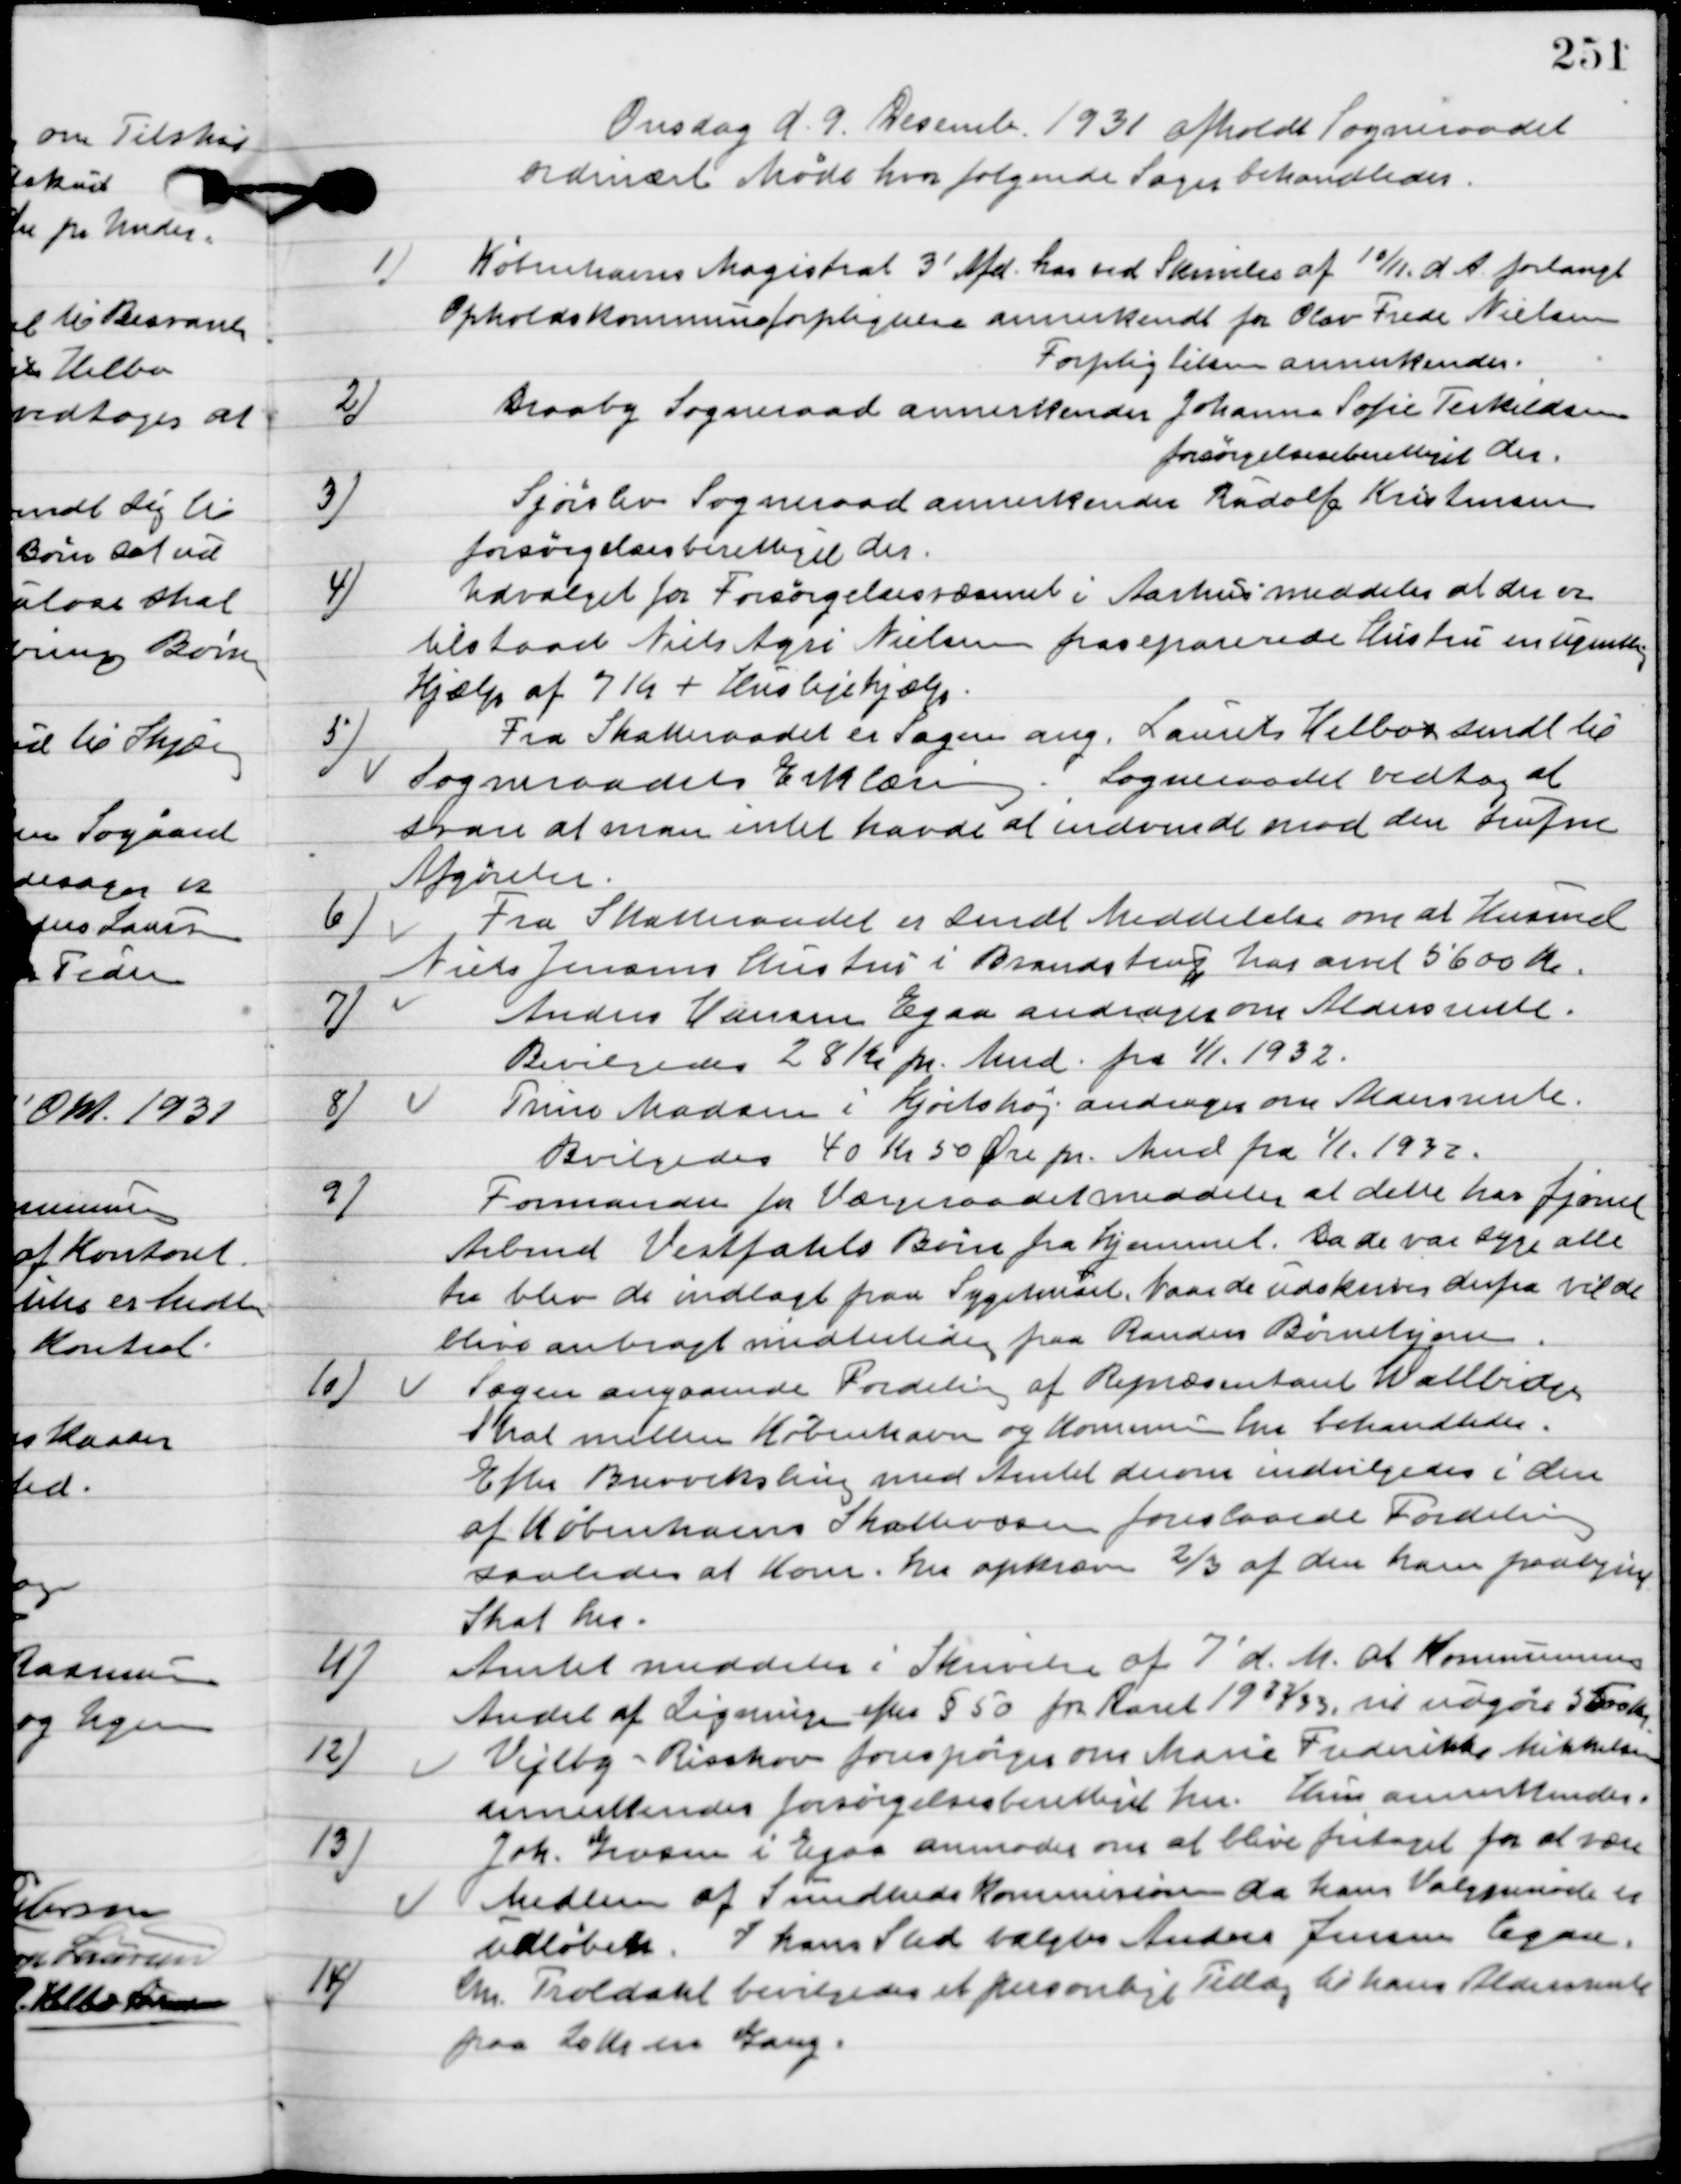
Transskription:
Onsdag d. 9. Desemb. 1931 afholdt Sogneraadet
ordinært Møde hvor følgende Sager behandledes.

1

Københavns Magistrat 3´ afd. har ved Skrivelse af 10/11 d. A. forlangt
Opholds Kommuneforpligtigelse annerkendt for Olov Frede Nielsen.
Forpligtigelse annerkendes.

2.

Draaby Sogneraad annerkender Johanna Sofie Nielsen
Forsørgerberettiget der.

3

Sjørslev Sogneraad annerkender Rudolf Kristensen
forsørgelsesberettiget der.

4

Udvalget for Forsørgelsesvæsenet i Aarhus meddeler at der er
tilstaaet Niels Agri Nielsen fraseparerede Hustru en ugentlig
hjælp af 7 Kr. + Huslejehjælp.

5

Fra Skatteraadet er Sagen ang. Laurits Helbos sendt til
Sogneraadets Erklæring.
Sogneraadet vedtog at
svare at man intet have at indvende imod den trufne
Afgørelse.

6

Fra Skatteraadet er sendt Meddelelse om at Husmand
Niels Jensens Hustru i Brandstrup har arvet 5600 Kr.

7

Anders Hansen Egaa andrager om Aldersrente.
Bevilgedes 28 Kr. pr. Mnd. fra 1/1 1932.

8.

Trine Madsen i Hjortshøj andrager om aldersrente.
Bevilgedes 40 Kr. 50 Øre pr. Mnd. fra 1/1 1932.

9.

Formanden for Værgeraadet meddeler at dette har fjærnet
 Arbmd. Vestfahls Børn fra Hjemmet. Da de var syge alle
tre blev de indlagt paa Sygehuset. Naar de bliver udskrevet derfra vil de
blive anbragt midlertidig paa Randers Børnehjem.

10

Sagen angaaende Fordeling af Repræsentant Wallbran
skat mellem København og Kommunens her behandledes.
Efter Brevveksling med Amtet derover indvilgedes i den 
af Københavns Skattevæsen foreslaaede Fordeling 
saaledes at Kom. her opkræver 2/3 af den ham paalydende 
Skat her.

11

Amtet meddelere i Skrivelse af 7´ d. M. at Kommunens
Andel af Ligningen efter § 50 for Aaret 1932/33 vil udgøre 5500 kr.

12

Vejlby-Risskov forespørger om Marie Frederikke Mikkelsen
annerkendes forsørgelsesberettiget her.
Hun annerkendes.

13

Joh. Gravsen i Egaa anmoder om at blive fritaget for at være
Medlem af Sundheds Kommissionen da hans Valgmøde er
udløbet. I hans Sted vægtes Anders Jensen Egaa.

14

Chr. Troldahl bevilgedes et personligt tillæg til hans Andersrente
 paa 10 Kr. en gang.